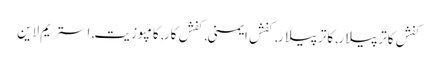
کفش کاترپیلار, کاترپیلار, کفش ایمنی, کفش کار, کامپوزیت, استریم لاین